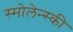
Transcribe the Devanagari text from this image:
स्मोलेन्स्की